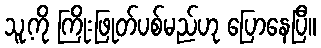
သူ့ကို ကြိုးဖြုတ်ပစ်မည်ဟု ပြောနေပြီ။